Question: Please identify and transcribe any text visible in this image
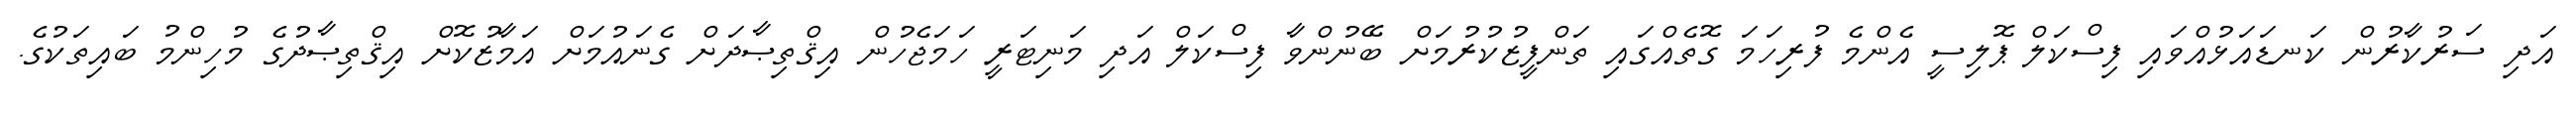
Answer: އަދި ސަރުކާރުން ކަނޑައަޅުއްވައި ފިސްކަލް ޕޮލިސީ އެންމެ ފުރިހަމަ ގޮތެއްގައި ތަންފީޒުކުރުމަށް ބޭނުންވާ ފިސްކަލް އަދި މަނިޓަރީ ހަމަޖެހުން އިޤްތިޞާދަށް ގެނައުމަށް އަމާޒުކޮށް އިޤްތިޞާދުގެ މުހިންމު ބައިތަކުގެ.